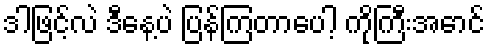
ဒါဖြင့်လဲ ဒီနေ့ပဲ ပြန်ကြတာပေါ့ ကိုကြီးအောင်